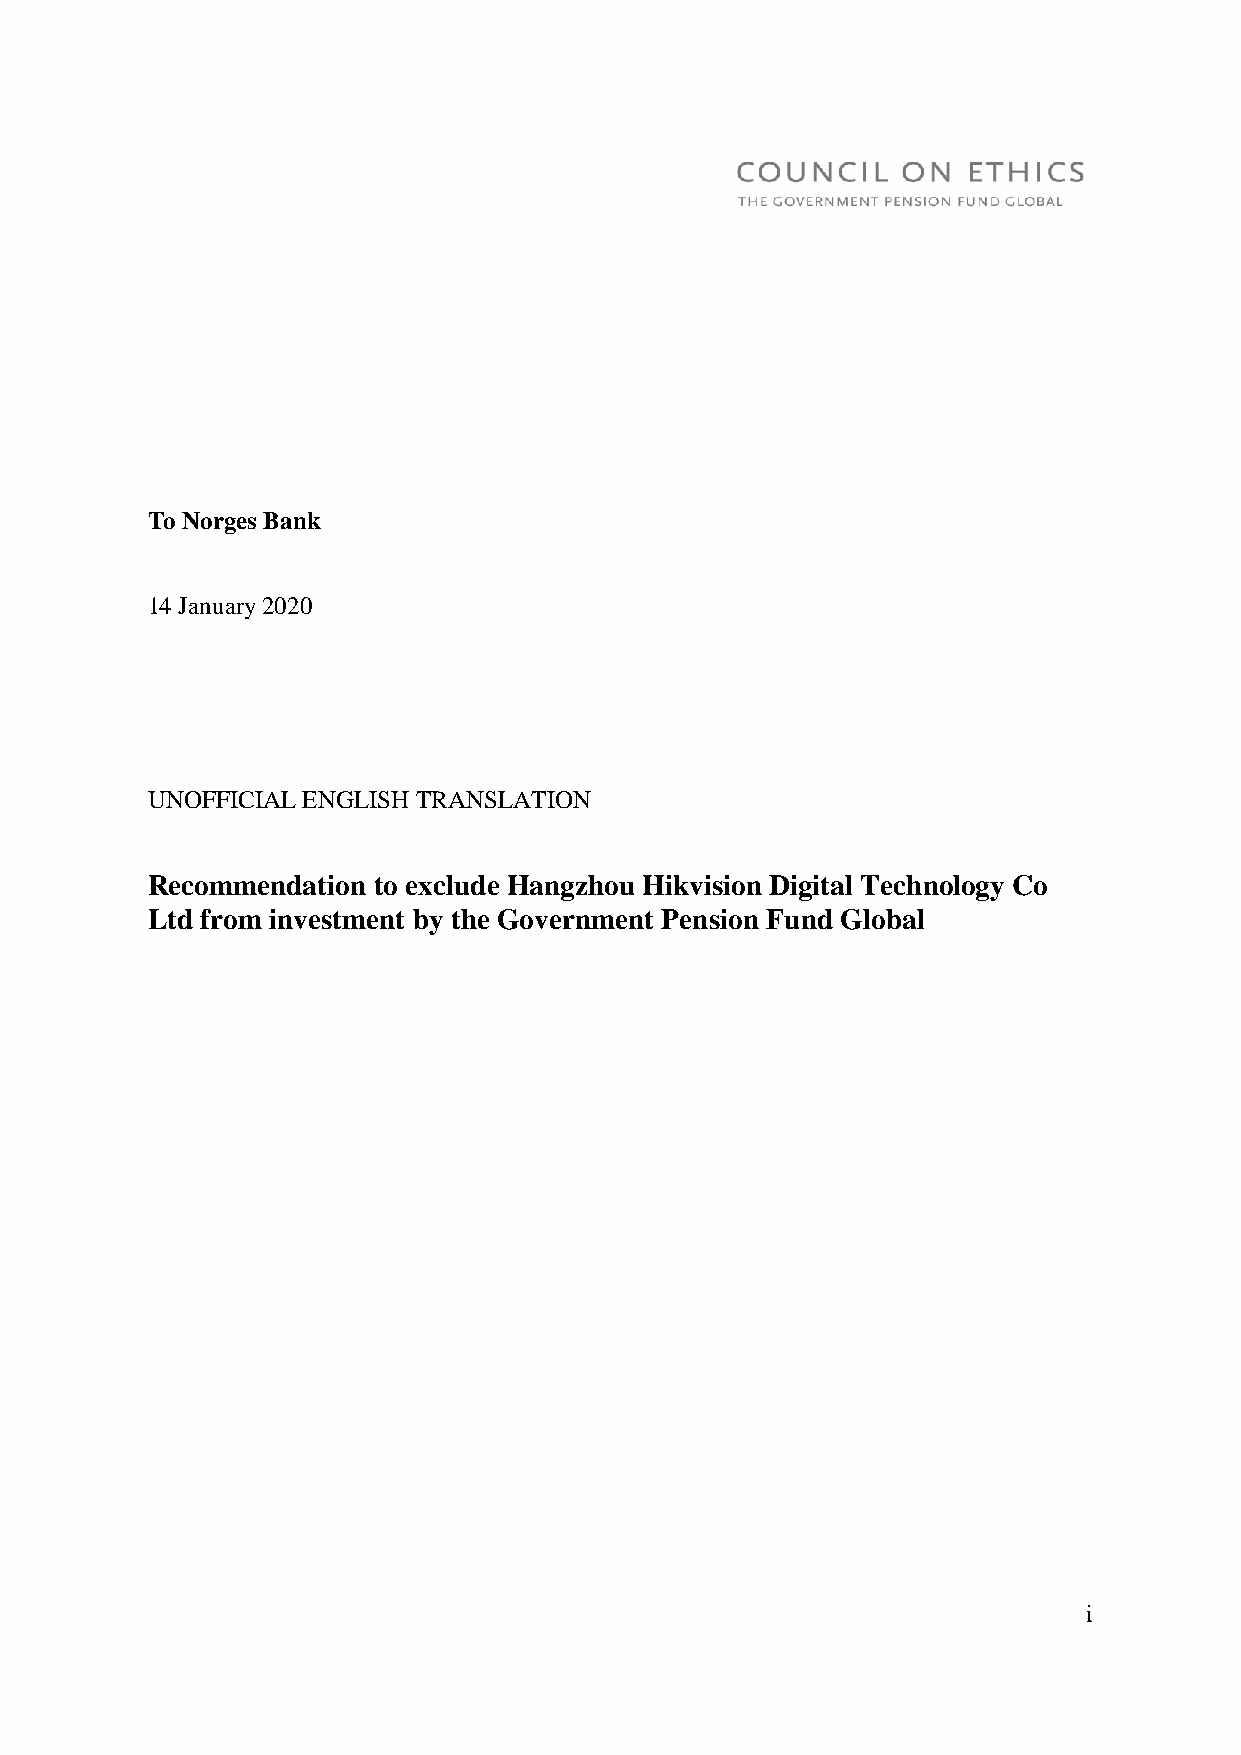
To Norges Bank
 14 January 2020
 UNOFFICIAL ENGLISH TRANSLATION
 Recommendation to exclude Hangzhou Hikvision Digital Technology Co
 Ltd from investment by the Government Pension Fund Global
 i